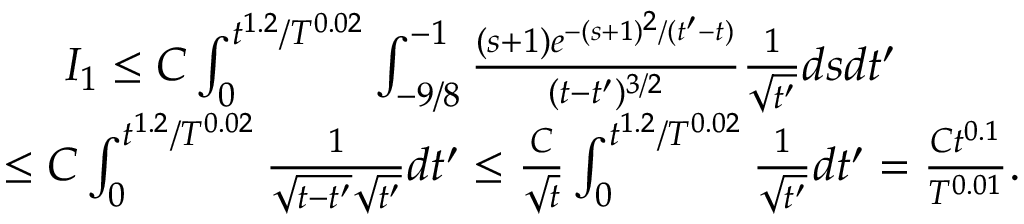
\begin{array} { r l } & { \ \ \ \ I _ { 1 } \leq C \int _ { 0 } ^ { t ^ { 1 . 2 } / T ^ { 0 . 0 2 } } \int _ { - 9 / 8 } ^ { - 1 } \frac { ( s + 1 ) e ^ { - ( s + 1 ) ^ { 2 } / ( t ^ { \prime } - t ) } } { ( t - t ^ { \prime } ) ^ { 3 / 2 } } \frac { 1 } { \sqrt { t ^ { \prime } } } d s d t ^ { \prime } } \\ & { \leq C \int _ { 0 } ^ { t ^ { 1 . 2 } / T ^ { 0 . 0 2 } } \frac { 1 } { \sqrt { t - t ^ { \prime } } \sqrt { t ^ { \prime } } } d t ^ { \prime } \leq \frac { C } { \sqrt { t } } \int _ { 0 } ^ { t ^ { 1 . 2 } / T ^ { 0 . 0 2 } } \frac { 1 } { \sqrt { t ^ { \prime } } } d t ^ { \prime } = \frac { C t ^ { 0 . 1 } } { T ^ { 0 . 0 1 } } . } \end{array}